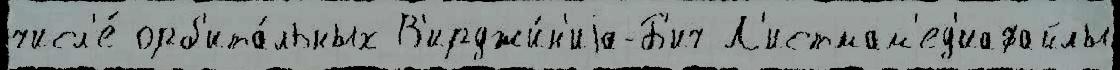
числ'е́ орб'ита́льных В'ирджи́н'иjа-Б'ич Л'истмам'ед'иафайлы